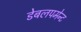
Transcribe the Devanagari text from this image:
डेबलपमेन्ट